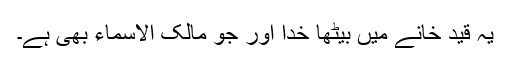
یہ قید خانے میں بیٹھا خدا اور جو مالک الاسماء بھی ہے۔